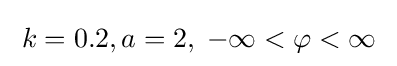
\;k=0.2,a=2,\;-\infty <\varphi <\infty \;